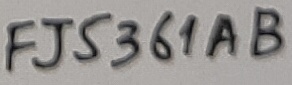
Text: FJ5361AB